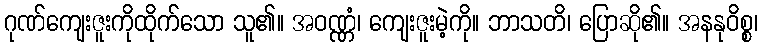
ဂုဏ်ကျေးဇူးကိုထိုက်သော သူ၏။ အဝဏ္ဏံ၊ ကျေးဇူးမဲ့ကို။ ဘာသတိ၊ ပြောဆို၏။ အနနုဝိစ္စ၊